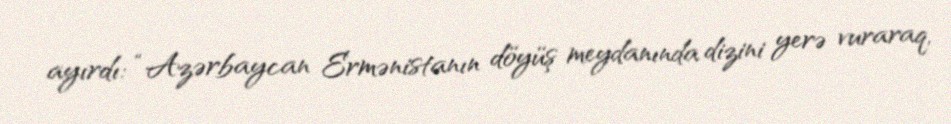
ayırdı: “Azərbaycan Ermənistanın döyüş meydanında dizini yerə vuraraq,